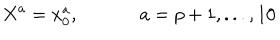
LaTeX: X ^ { a } = x _ { 0 } ^ { a } , ~ a = p + 1 , . . . , 1 0